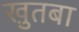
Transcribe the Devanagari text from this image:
खु़तबा